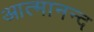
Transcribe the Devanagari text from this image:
आत्‍मानन्द